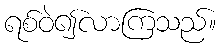
ရစ်ဝဲ၍လာကြသည်။